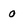
Character: 0